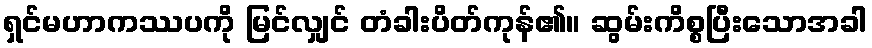
ရှင်မဟာကဿပကို မြင်လျှင် တံခါးပိတ်ကုန်၏။ ဆွမ်းကိစ္စပြီးသောအခါ